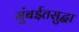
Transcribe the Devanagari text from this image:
मुंबईतसुद्धा